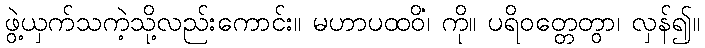
ဖွဲ့ယှက်သကဲ့သို့လည်းကောင်း။ မဟာပထဝိံ၊ ကို။ ပရိဝတ္တေတွာ၊ လှန်၍။